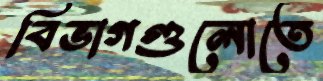
বিভাগগুলোতে